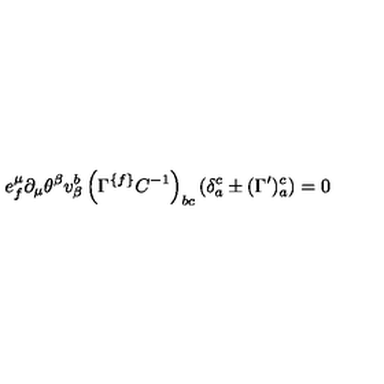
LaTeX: e _ { { f } } ^ { \mu } \partial _ { \mu } \theta ^ { \beta } v _ { \beta } ^ { { b } } \left( \Gamma ^ { \{ { f \} } } C ^ { - { 1 } } \right) _ { { b c } } \left( \delta _ { { a } } ^ { { c } } \pm ( \Gamma ^ { \prime } ) _ { { a } } ^ { { c } } \right) = 0